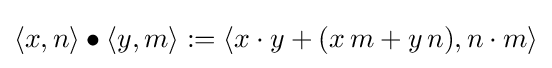
\langle x,n\rangle \bullet \langle y,m\rangle :=\langle x\cdot y+(x\,m+y\,n),n\cdot m\rangle